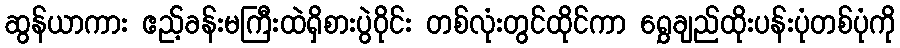
ဆွန်ယာကား ဧည့်ခန်းမကြီးထဲရှိစားပွဲဝိုင်း တစ်လုံးတွင်ထိုင်ကာ ရွှေချည်ထိုးပန်းပုံတစ်ပုံကို